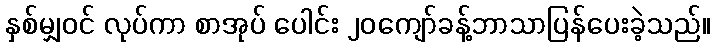
နှစ်မျှဝင် လုပ်ကာ စာအုပ် ပေါင်း ၂၀ကျော်ခန့်ဘာသာပြန်ပေးခဲ့သည်။